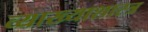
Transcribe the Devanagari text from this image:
व्याख्याशास्त्र